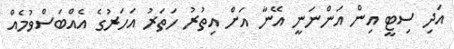
އަދި ސިޓީ އިން އަންނަނީ އޭނާ އަށް އިތުރު ހަތަރު އަހަރުގެ އެއްބަސްވުމެއް